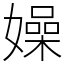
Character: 嬠